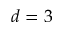
d = 3